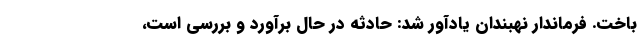
باخت. فرماندار نهبندان یادآور شد: حادثه در حال برآورد و بررسی است،